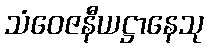
သံဝေဇနီယဋ္ဌာနေသု